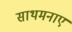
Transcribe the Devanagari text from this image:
साथमनाए